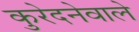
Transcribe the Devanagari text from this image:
कुरेदनेवाले